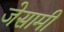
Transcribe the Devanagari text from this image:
जेसामी